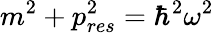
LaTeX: m^{2}+p_{res}^{2}=\hbar^{2}\omega^{2}